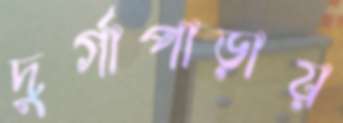
দুর্গাপাড়ায়